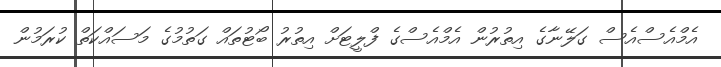
އެމްއެސްއެސް ގަލޭނާގެ އިތުރުން އެމްއެސްގެ ފްލީޓަށް އިތުރު ބޯޓުތައް ގަތުމުގެ މަސައްކަތް ކުރަމުން